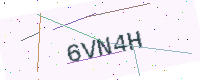
Text: 6VN4H